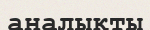
аналықты